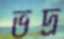
ভদ্র